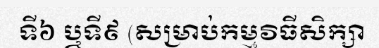
ទី៦ ឬទី៩ (សម្រាប់កម្មវិធីសិក្សា